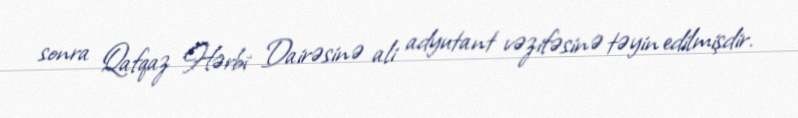
sonra Qafqaz Hərbi Dairəsinə ali adyutant vəzifəsinə təyin edilmişdir.